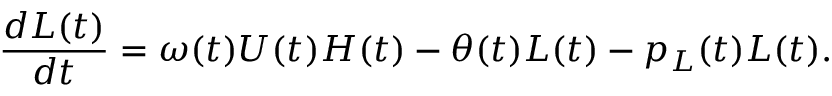
\frac { d L ( t ) } { d t } = \omega ( t ) U ( t ) H ( t ) - \theta ( t ) L ( t ) - p _ { L } ( t ) L ( t ) .